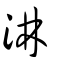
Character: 淋